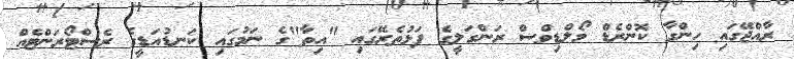
ރާއްޖޭގައި ހިންގާ ކޮންރެޑް މޯލްޑިވްސް ރަންގަލީގެ ފަޅުތެރޭގައި "އިތާ"ގެ ނަމުގައި ކަނޑުއަޑީގެ ރެސްޓޯރަންޓެއް